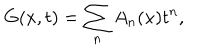
LaTeX: G ( x , t ) = \sum _ { n } A _ { n } ( x ) t ^ { n } ,